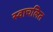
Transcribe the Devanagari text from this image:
स्वाचलित